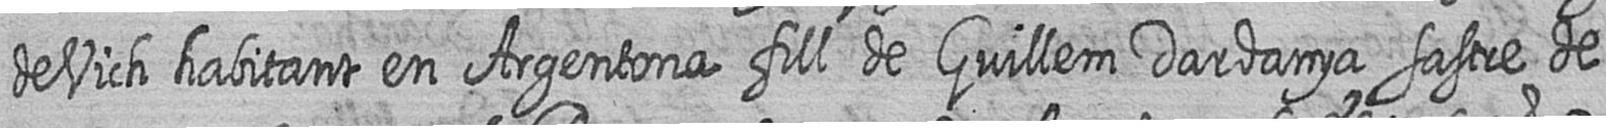
de Vich habitant en Argentona fill de Guillem Dardanya sastre de